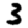
Digit: 3